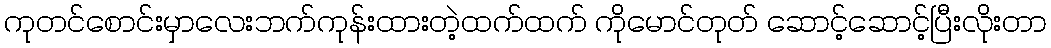
ကုတင်စောင်းမှာလေးဘက်ကုန်းထားတဲ့ထက်ထက် ကိုမောင်တုတ် ဆောင့်ဆောင့်ပြီးလိုးတာ